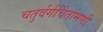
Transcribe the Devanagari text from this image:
चतुर्वर्गचिंतामणी